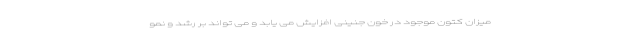
میزان کتون موجود در خون جنینی افزایش می یابد و می تواند بر رشد و نمو